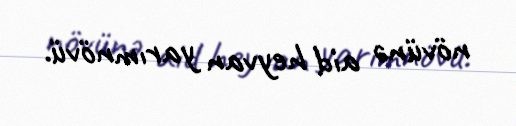
növünə aid heyvan yarımnövü.